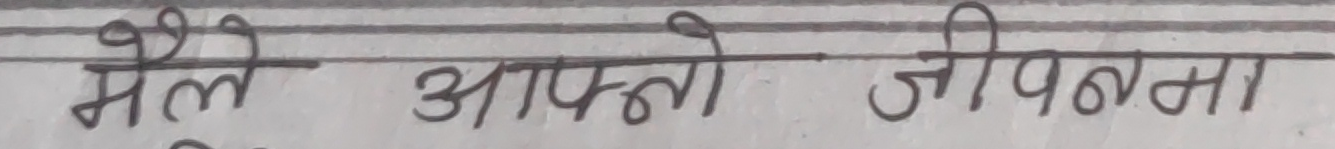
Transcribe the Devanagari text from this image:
मैले आफ्नो जीवनमा